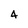
Character: 4